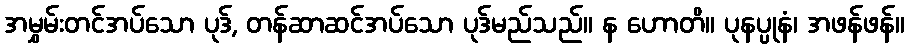
အမွှမ်းတင်အပ်သော ပုဒ်, တန်ဆာဆင်အပ်သော ပုဒ်မည်သည်။ န ဟောတိ။ ပုနပ္ပုနံ၊ အဖန်ဖန်။